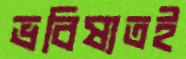
ভবিষ্যতই